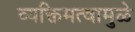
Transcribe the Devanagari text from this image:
व्यक्तिमत्वामुळे